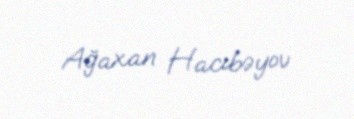
Ağaxan Hacıbəyov